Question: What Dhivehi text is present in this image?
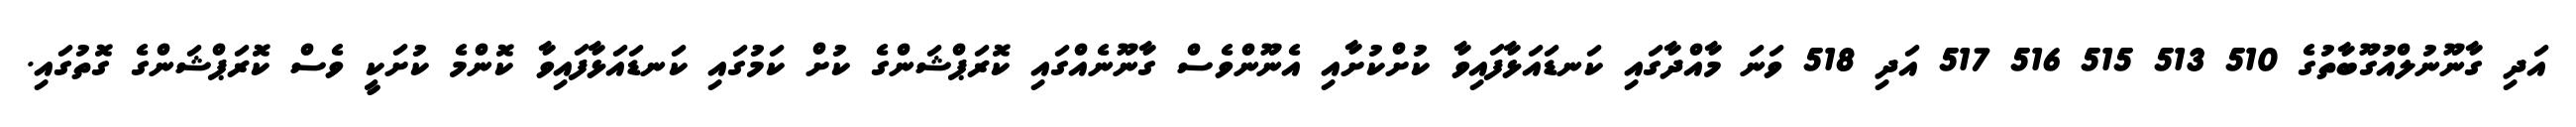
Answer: އަދި ގާނޫނުލްއުގޫބާތުގެ 510 513 515 516 517 އަދި 518 ވަނަ މާއްދާގައި ކަނޑައަޅާފައިވާ ކުށްކުށާއި އެނޫންވެސް ގާނޫނެއްގައި ކޮރަޕްޝަންގެ ކުށް ކަމުގައި ކަނޑައަޅާފައިވާ ކޮންމެ ކުށަކީ ވެސް ކޮރަޕްޝަންގެ ގޮތުގައި.